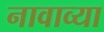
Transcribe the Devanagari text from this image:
नावाव्या